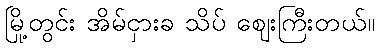
မြို့တွင်း အိမ်ငှားခ သိပ် ဈေးကြီးတယ်။